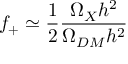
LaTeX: f _ { + } \simeq \frac { 1 } { 2 } \frac { \Omega _ { X } h ^ { 2 } } { \Omega _ { D M } h ^ { 2 } }